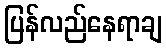
ပြန်လည်နေရာချ